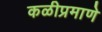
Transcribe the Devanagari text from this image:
कळीप्रमाणे